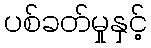
ပစ်ခတ်မှုနှင့်